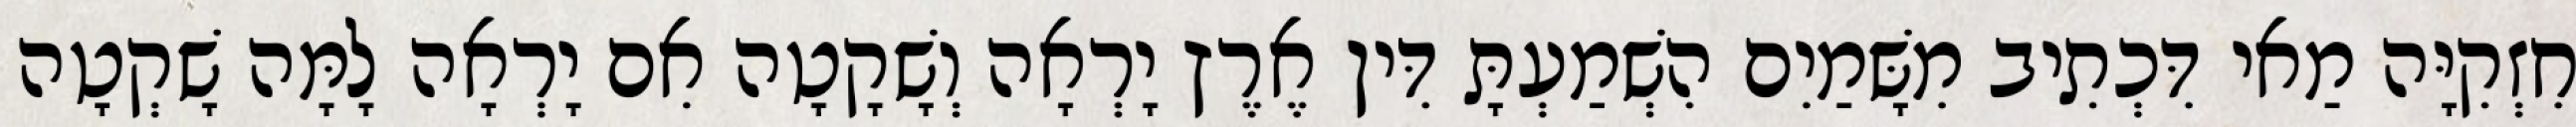
חִזְקִיָּה מַאי דִּכְתִיב מִשָּׁמַיִם הִשְׁמַעְתָּ דִּין אֶרֶץ יָרְאָה וְשָׁקָטָה אִם יָרְאָה לָמָּה שָׁקְטָה